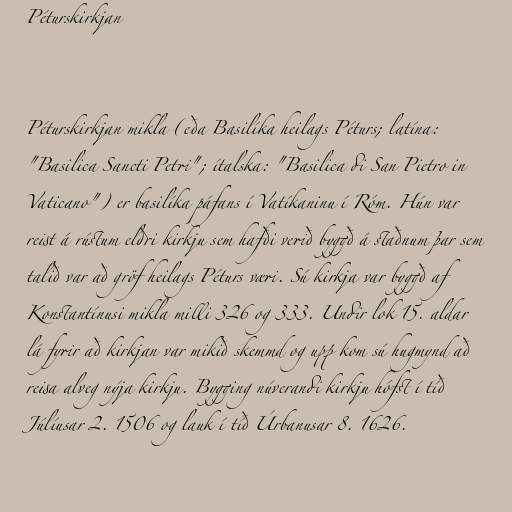
Péturskirkjan

Péturskirkjan mikla (eða Basilíka heilags Péturs; latína:
"Basilica Sancti Petri"; ítalska: "Basilica di San Pietro in
Vaticano") er basilíka páfans í Vatíkaninu í Róm. Hún var
reist á rústum eldri kirkju sem hafði verið byggð á staðnum þar sem
talið var að gröf heilags Péturs væri. Sú kirkja var byggð af
Konstantínusi mikla milli 326 og 333. Undir lok 15. aldar
lá fyrir að kirkjan var mikið skemmd og upp kom sú hugmynd að
reisa alveg nýja kirkju. Bygging núverandi kirkju hófst í tíð
Júlíusar 2. 1506 og lauk í tíð Úrbanusar 8. 1626.